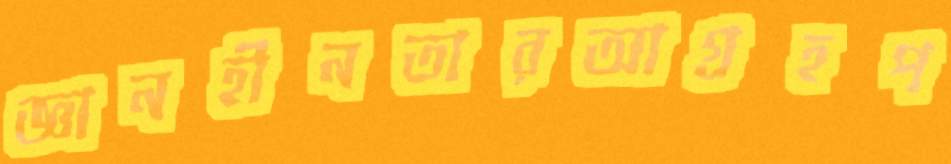
জ্ঞানহীনতারআগ্রহপ